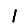
Digit: 1